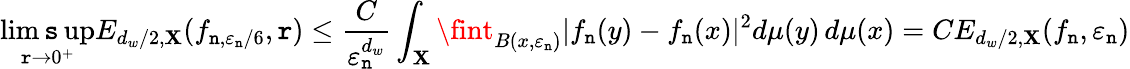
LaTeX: \operatorname*{lim\mathtt{s}up}_{\mathtt{r}\to0^{+}}E_{d_{w}/2,\mathbf{X}}(f_{\mathtt{n},\varepsilon_{\mathtt{n}}/6},\mathtt{r})\leq\frac{{C}}{{\varepsilon_{\mathtt{n}}^{d_{w}}}}\int_{\mathbf{X}}\fint_{B(x,\varepsilon_{\mathtt{n}})}|f_{\mathtt{n}}(y)-f_{\mathtt{n}}(x)|^{2}d\mu(y)\, d\mu(x)=CE_{d_{w}/2,\mathbf{X}}(f_{\mathtt{n}},\varepsilon_{\mathtt{n}})